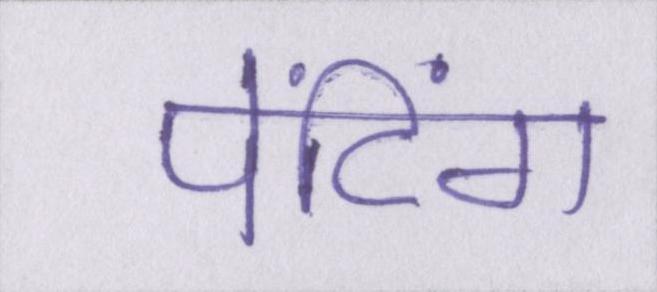
पेंटिंग